Vabadussoja_Ajaloo_Komitee, lk 13
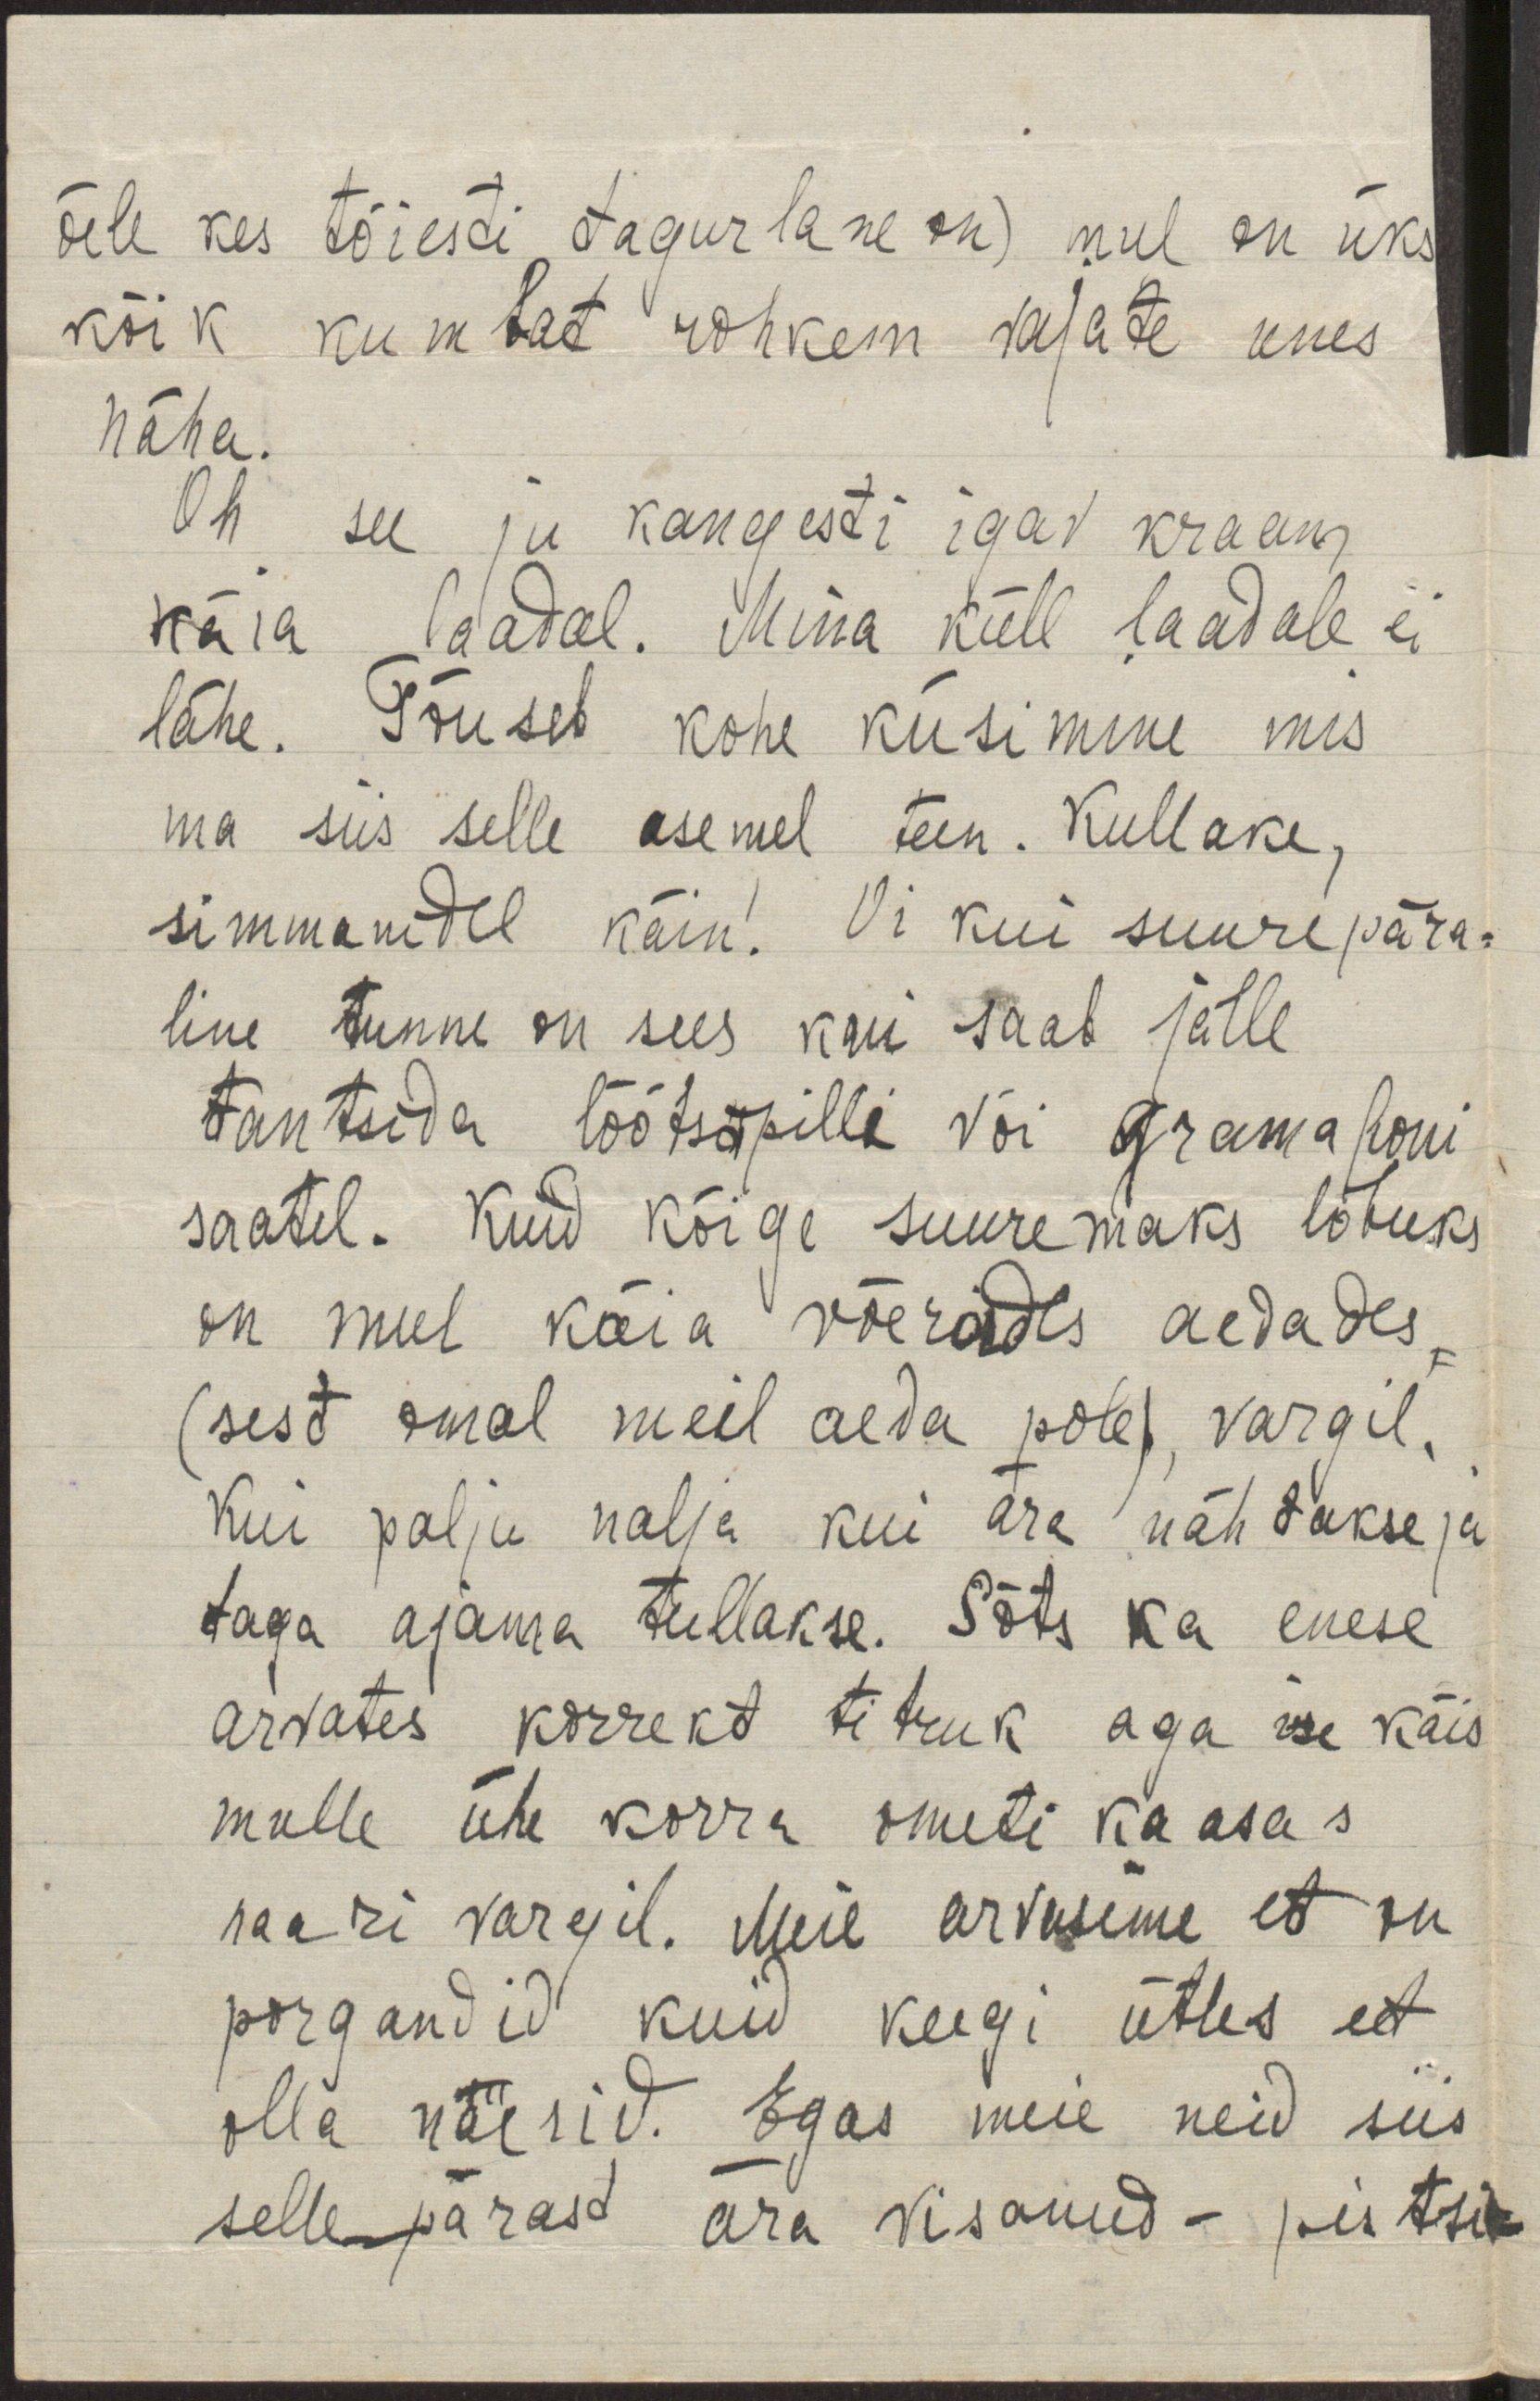
õele kes täiesti tagurlane on) mul on üks
kõik kumbat rohkem vajate unes
näha.
Oh see ju kangesti igav kraam
käia laadal. Mina küll laadale ei
lähe. Tõuseb kohe küsimine mis
ma siis selle asemel teen. Kullake,
simmanidel käin! Oi kui suurepära-
line tunne on sees kui saab jälle
tantsida lõõtsapilli või gramafoni
saatel. Kuid kõige suuremaks lõbuks
on mul käia võerades aedades
(sest omal meil aeda pole), vargil.
Kui palju nalja kui ära nähdakse ja
taga ajama tullakse. Sõts ka enese
arvates korrekt titruk aga ise käis
mulle ühe korra ometi kaasas
naari vargil. Meie arvasime et on
porgandid kuid keegi ütles et
olla naerid. Egas meie neid siis
sellepärast ära visanud - pistsi-